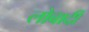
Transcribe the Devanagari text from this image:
लोबार्दी